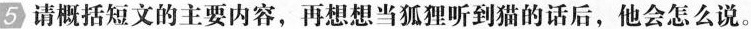
5 请概括短文的主要内容，再想想当狐狸听到猫的话后，他会怎么说。